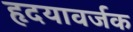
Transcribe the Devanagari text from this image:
हृदयावर्जक